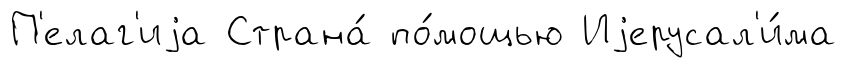
П'елаг'иjа Страна́ по́мощью Иjерусал'и́ма